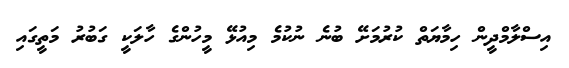
އިސްލާމްދީން ހިމާޔަތް ކުރުމަށޭ ބުނެ ނުކުމެ މިއުޅޭ މީހުންގެ ހާލަކީ ގަބުރު މަތީގައި